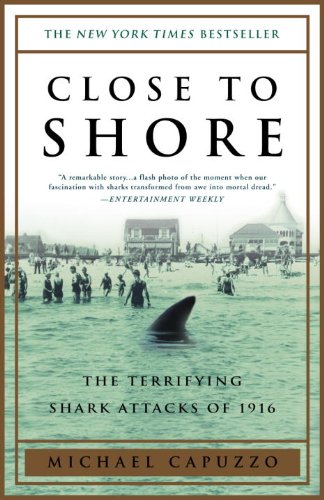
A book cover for Close to Shore: The Terrifying Shark Attacks of 1916; Michael Capuzzo; Science & Math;